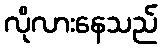
လိုလားနေသည်